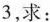
3$$，求：